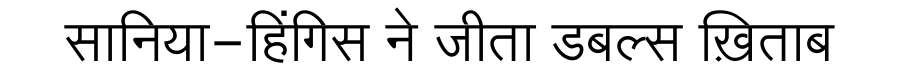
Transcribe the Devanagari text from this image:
सानिया-हिंगिस ने जीता डबल्स ख़िताब